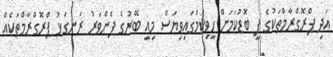
އަދި ޕްރޮގްރާމްތަކުގެ ފީ ބޮޑުކަމަށް ހީވިކަމުގައިވިޔަސް މިއީ ބޭރުގެ ފެންވަރު ރަނގަޅު ޕްރޮގްރާމްތަކެއް